Regulations for the medical services of the Army of India
Year: 1930
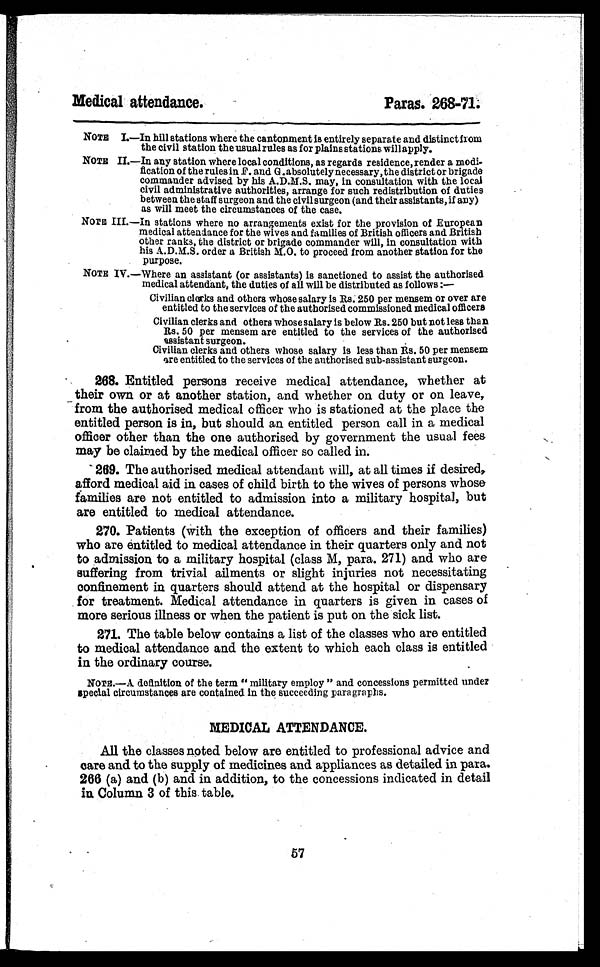
Medical attendance.
Paras. 268-71.
NOTE I.—In hill stations where the cantonment is entirely separate and distinct from
the civil station the usual rules as for plains stations will apply.
NOTE II.—In any station where local conditions, as regards residence, render a modi-
fication of the rules in F. and G . absolutely necessary, the district or brigade
commander advised by his A.D.M.S. may, in consultation with the local
civil administrative authorities, arrange for such redistribution of duties
between the staff surgeon and the civil surgeon (and their assistants, if any)
as will meet the circumstances of the case.
NOTE III.—In stations where no arrangements exist for the provision of European
medical attendance for the wives and families of British officers and British
other ranks, the district or brigade commander will, in consultation with
his A.D.M.S. order a British M.O. to proceed from another station for the
purpose.
NOTE IV.—Where an assistant (or assistants) is sanctioned to assist the authorised
medical attendant, the duties of all will be distributed as follows :—
Civilian clerks and others whose salary is Rs. 250 per mensem or over are
entitled to the services of the authorised commissioned medical officers
Civilian clerks and others whose salary is below Rs. 250 but not less than
Rs. 50 per mensem are entitled to the services of the authorised
assistant surgeon.
Civilian clerks and others whose salary is less than Rs. 50 per mensem
are entitled to the services of the authorised sub-assistant surgeon.
268. Entitled persons receive medical attendance, whether at
their own or at another station, and whether on duty or on leave,
from the authorised medical officer who is stationed at the place the
entitled person is in, but should an entitled person call in a medical
officer other than the one authorised by government the usual fees
may be claimed by the medical officer so called in.
269. The authorised medical attendant will, at all times if desired,
afford medical aid in cases of child birth to the wives of persons whose
families are not entitled to admission into a military hospital, but
are entitled to medical attendance.
270. Patients (with the exception of officers and their families)
who are entitled to medical attendance in their quarters only and not
to admission to a military hospital (class M, para. 271) and who are
Buffering from trivial ailments or slight injuries not necessitating
confinement in quarters should attend at the hospital or dispensary
for treatment. Medical attendance in quarters is given in cases of
more serious illness or when the patient is put on the sick list.
271. The table below contains a list of the classes who are entitled
to medical attendance and the extent to which each class is entitled
in the ordinary course.
NOTE.—A. definition of the term " military employ " and concessions permitted under
special circumstances are contained in the succeeding paragraphs.
MEDICAL ATTENDANCE.
All the classes noted below are entitled to professional advice and
care and to the supply of medicines and appliances as detailed in para.
266 (a) and (b) and in addition, to the concessions indicated in detail
in Column 3 of this table.
57